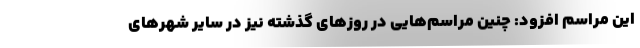
این مراسم افزود: چنین مراسم‌هایی در روزهای گذشته نیز در سایر شهرهای